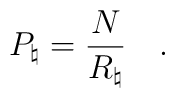
P_\natural = {\frac{N}{R_\natural}} \quad .